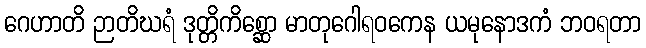
ဂေဟာတိ ဉာတိဃရံ ဒုတ္တိကိစ္ဆော မာတုဂေါရဝကေန ယမုနောဒကံ ဘဝရတာ